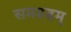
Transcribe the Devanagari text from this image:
समग्रहम्